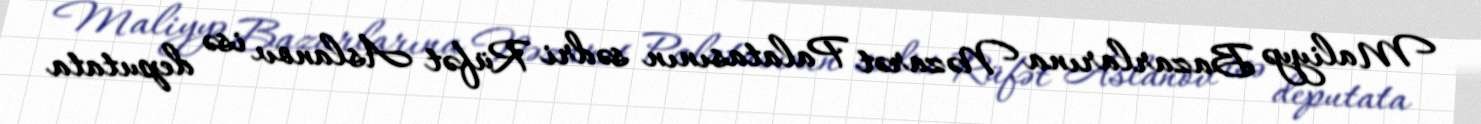
Maliyyə Bazarlarına Nəzarət Palatasının sədri Rüfət Aslanov isə deputata